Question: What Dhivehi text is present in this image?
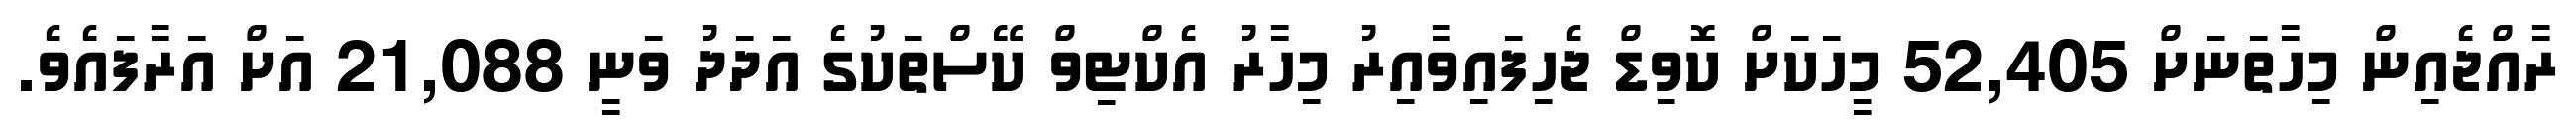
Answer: ރާއްޖެއިން މިހާތަނަށް 52,405 މީހަކަށް ކޮވިޑް ޖެހިފައިވާއިރު މިހާރު އެކްޓިވް ކޭސްތަކުގެ އަދަދު ވަނީ 21,088 އަށް އަރާފައެވެ.